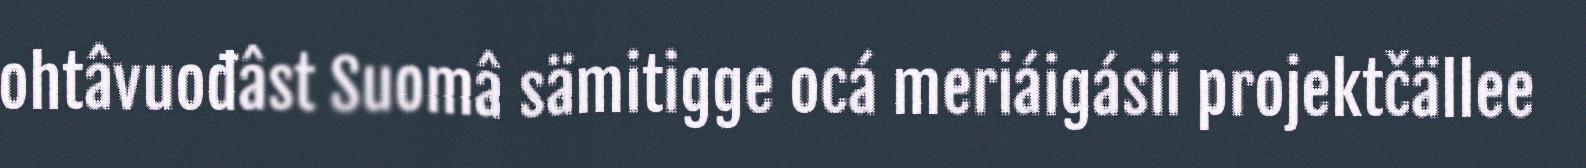
ohtâvuođâst Suomâ sämitigge ocá meriáigásii projektčällee